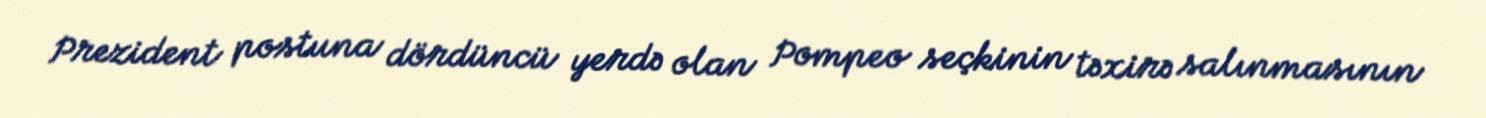
Prezident postuna dördüncü yerdə olan Pompeo seçkinin təxirə salınmasının